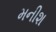
મનીશ